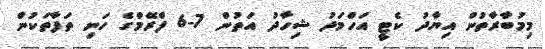
މިމުބާރާތުން އިޔާދު ކެޓީ އަހްމަދު ޝިހާދު އަތުން 7-6 ފްރޭމްގެ ހަނި ތަފާތަކުން